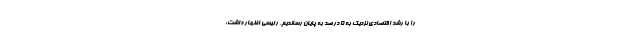
را با رشد اقتصادی نزدیک به ۵ درصد به پایان رساندیم. رئیسی اظهار داشت: